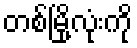
တစ်မြို့လုံးကို